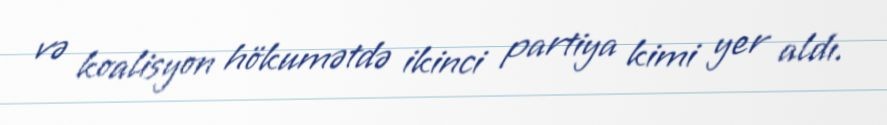
və koalisyon hökumətdə ikinci partiya kimi yer aldı.